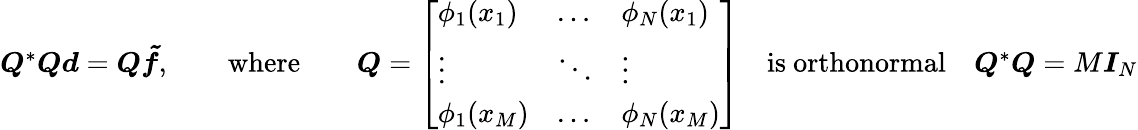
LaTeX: \begin{array}{r}{\boldsymbol{Q}^{*}\boldsymbol{Qd}=\boldsymbol{Q\tilde{f}},\qquad\mathrm{where}\qquad\boldsymbol{Q}=\left[\begin{array}{lll}{\phi_{1}({x}_{1})}&{\dots}&{\phi_{N}({x}_{1})}\\ {\vdots}&{\ddots}&{\vdots}\\ {\phi_{1}({x}_{M})}&{\dots}&{\phi_{N}({x}_{M})}\end{array}\right]{\quad\mathrm{is~orthonormal}\quad\boldsymbol{Q}^{*}\boldsymbol{Q}=M\boldsymbol{I}_{N}}}\end{array}